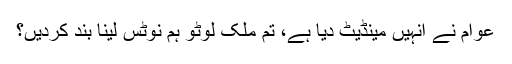
عوام نے انہیں مینڈیٹ دیا ہے، تم ملک لوٹو ہم نوٹس لینا بند کردیں؟